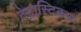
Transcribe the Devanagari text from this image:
टेट्रास्टिकस